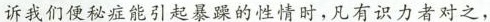
诉我们便秘症能引起暴躁的性情时，凡有识力者对之